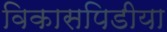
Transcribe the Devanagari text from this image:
विकासपिडीया